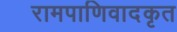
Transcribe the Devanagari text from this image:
रामपाणिवादकृत